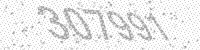
Solution: 307991